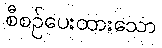
စီစဉ်ပေးထားသော